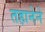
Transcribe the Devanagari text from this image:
तहानेने